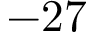
- 2 7